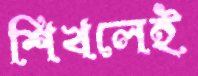
শিখলেই